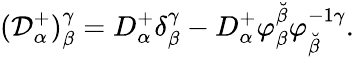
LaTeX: ({\cal D}_{\alpha}^{+})_{\beta}^{\gamma}=D_{\alpha}^{+}\delta_{\beta}^{\gamma}-D_{\alpha}^{+}\varphi_{\beta}^{\breve{\beta}}\varphi_{\breve{\beta}}^{-1\gamma}.